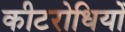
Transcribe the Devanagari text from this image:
कीटरोधियों